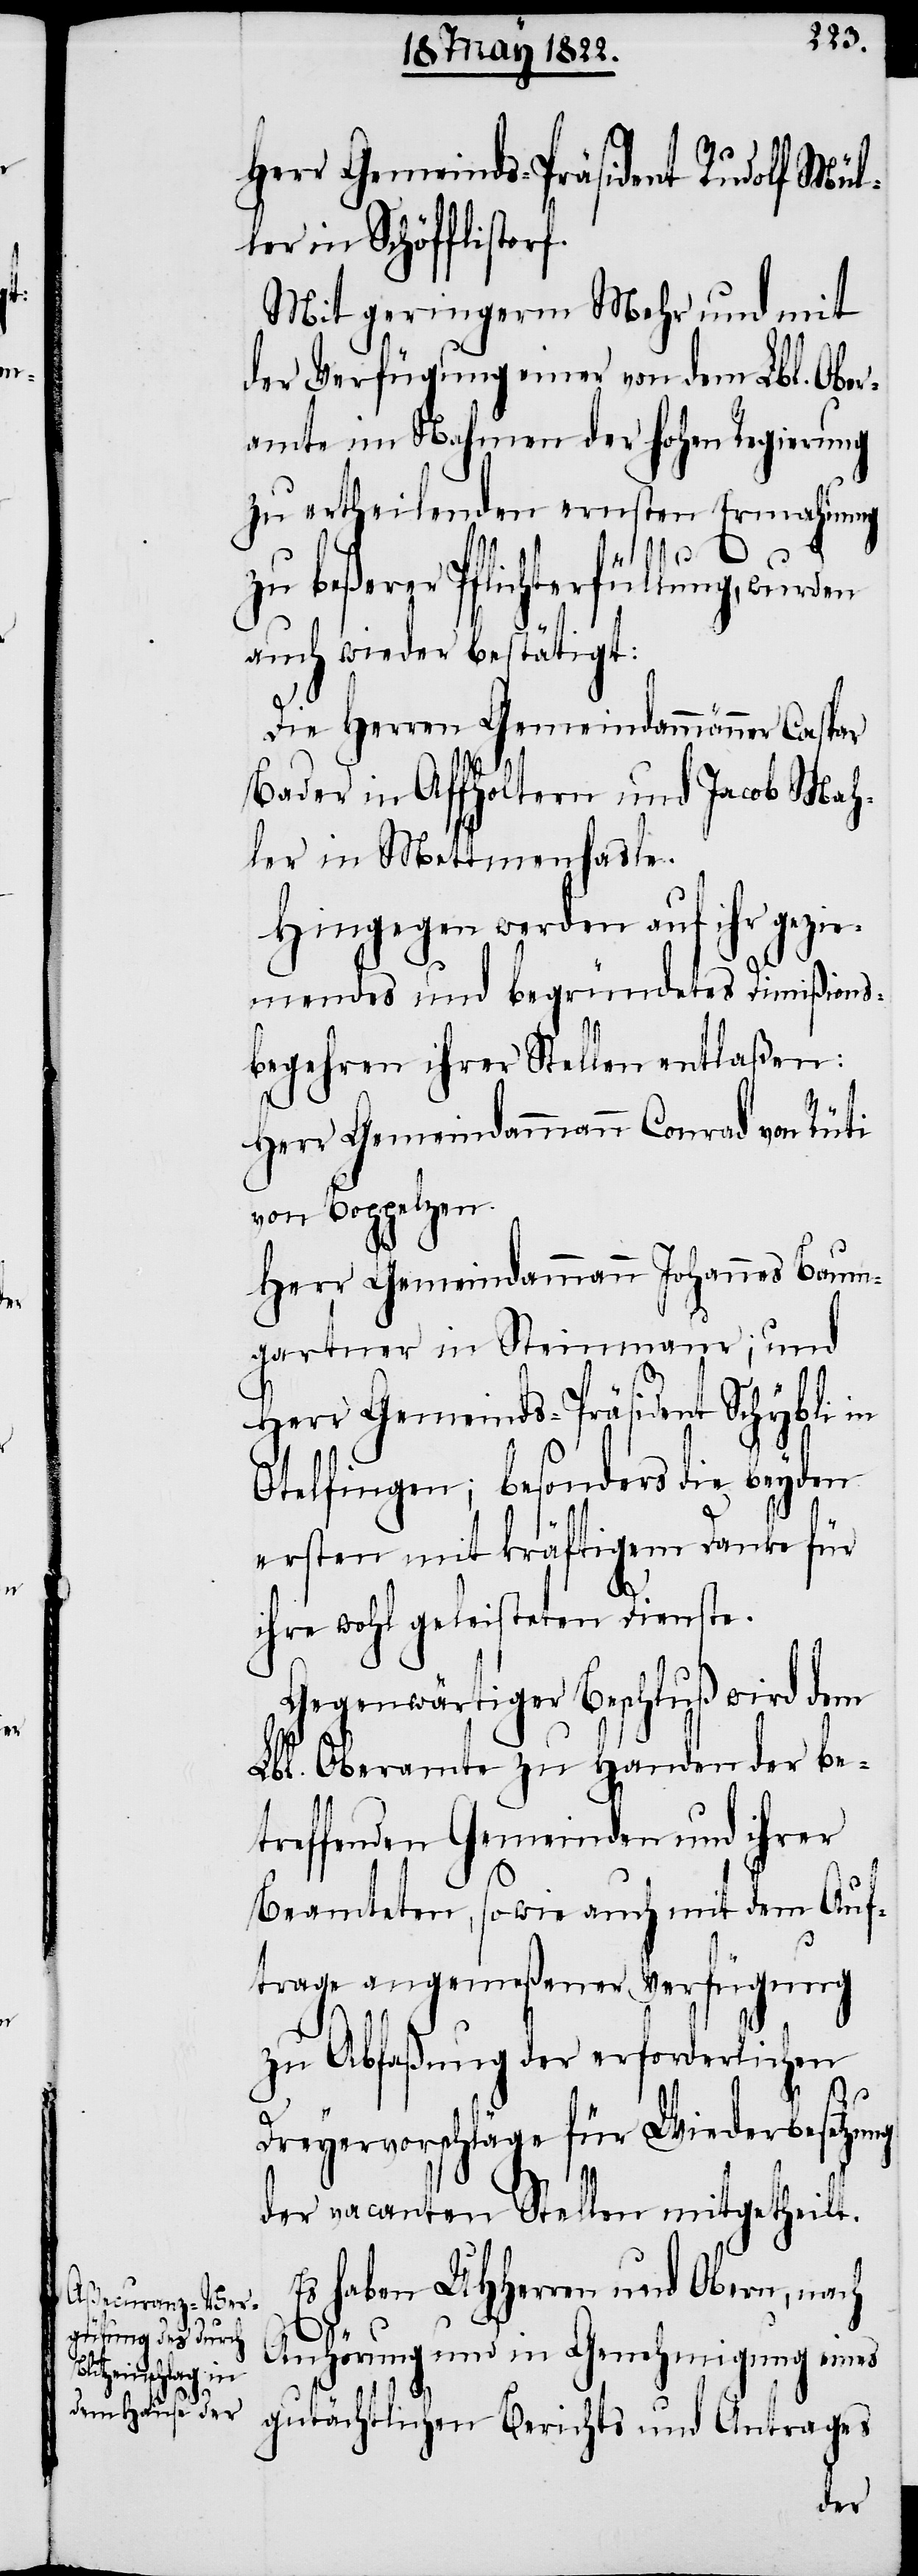
Herr Gemeinds-Präsident Rudolf Mül¬
ler in Schöfflistorf.
Mit geringerm Mehr und mit
der Verfügung einer von dem Lbl. Ober¬
amte im Nahmen der hohen Regierung
zu ertheilenden ernsten Ermahnung
zu beßerer Pflichterfüllung, wurden
auch wieder bestätigt:
Die Herren Gemeindammänner Caspar
Bader in Affholtern und Jacob Mah¬
ler in Mettmenhasle.
Hingegen werden auf ihr gezie¬
mendes und begründetes Dimißons¬
begehren ihrer Stellen entlaßen:
Herr Gemeindammann Conrad von Rüti
von Boppelsen.
Herr Gemeindammann Johannes Baum¬
gartner in Steinmaur; und
Herr Gemeinds-Präsident Schybli in
Otelfingen; besonders die beyden
ersten mit kräftigem Danke für
ihre wohl geleisteten Dienste.
Gegenwärtiger Beschluß wird dem
Lbl. Oberamte zu Handen der be¬
treffenden Gemeinden und ihrer
Beamteten, sowie auch mit dem Auf¬
trage angemeßener Verfügung
zu Abfaßung der erforderlichen
Dreyervorschläge für Wiederbesetzung
der vacanten Stellen mitgetheilt.
Es haben UHHerren und Obern, nach
Anhörung und in Genehmigung eines
gutächtlichen Berichts und Antrages